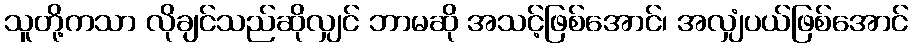
သူတို့ကသာ လိုချင်သည်ဆိုလျှင် ဘာမဆို အသင့်ဖြစ်အောင်၊ အလျှံပယ်ဖြစ်အောင်